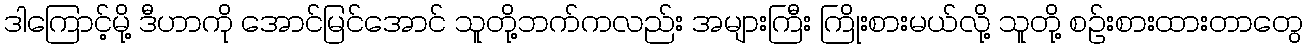
ဒါကြောင့်မို့ ဒီဟာကို အောင်မြင်အောင် သူတို့ဘက်ကလည်း အများကြီး ကြိုးစားမယ်လို့ သူတို့ စဉ်းစားထားတာတွေ